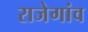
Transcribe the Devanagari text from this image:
राजेगांव